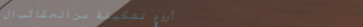
أروع تشكيلة من الحقائب ال